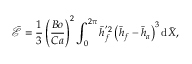
\bar { \mathcal { E } } = { \frac { 1 } { 3 } } \left( { \frac { B o } { C a } } \right) ^ { 2 } \int _ { 0 } ^ { 2 \pi } \bar { h } _ { f } ^ { ' 2 } \left( \bar { h } _ { f } - \bar { h } _ { a } \right) ^ { 3 } \mathrm { d } \bar { X } ,